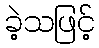
ခဲ့သဖြင့်